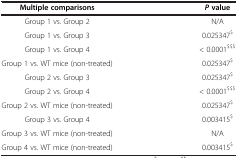
<table><thead><tr><td><b>Multiple comparisons</b></td><td><b><i>P </i>value</b></td></tr></thead><tbody><tr><td>Group 1 vs. Group 2</td><td>N/A</td></tr><tr><td>Group 1 vs. Group 3</td><td>0.025347<sup>$</sup></td></tr><tr><td>Group 1 vs. Group 4</td><td>&lt; 0.0001<sup>$$$</sup></td></tr><tr><td>Group 1 vs. WT mice (non-treated)</td><td>0.025347<sup>$</sup></td></tr><tr><td>Group 2 vs. Group 3</td><td>0.025347<sup>$</sup></td></tr><tr><td>Group 2 vs. Group 4</td><td>&lt; 0.0001<sup>$$$</sup></td></tr><tr><td>Group 2 vs. WT mice (non-treated)</td><td>0.025347<sup>$</sup></td></tr><tr><td>Group 3 vs. Group 4</td><td>0.003415<sup>$</sup></td></tr><tr><td>Group 3 vs. WT mice (non-treated)</td><td>N/A</td></tr><tr><td>Group 4 vs. WT mice (non-treated)</td><td>0.003415<sup>$</sup></td></tr></tbody></table>